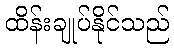
ထိန်းချုပ်နိုင်သည်